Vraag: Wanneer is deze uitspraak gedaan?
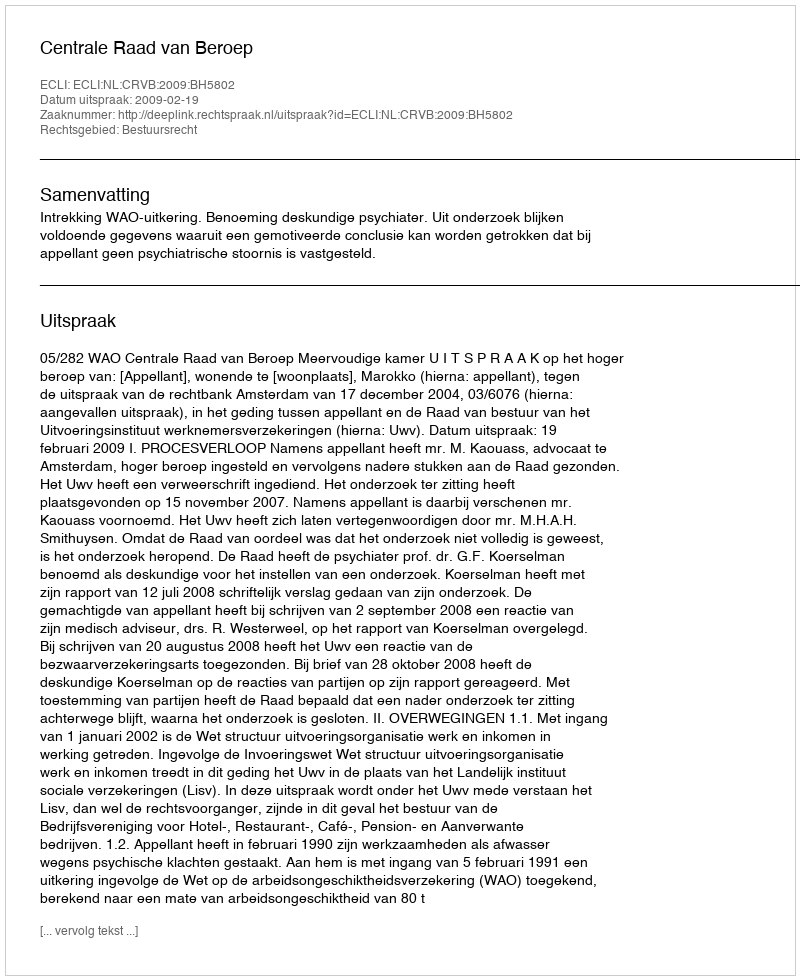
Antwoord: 2009-02-19